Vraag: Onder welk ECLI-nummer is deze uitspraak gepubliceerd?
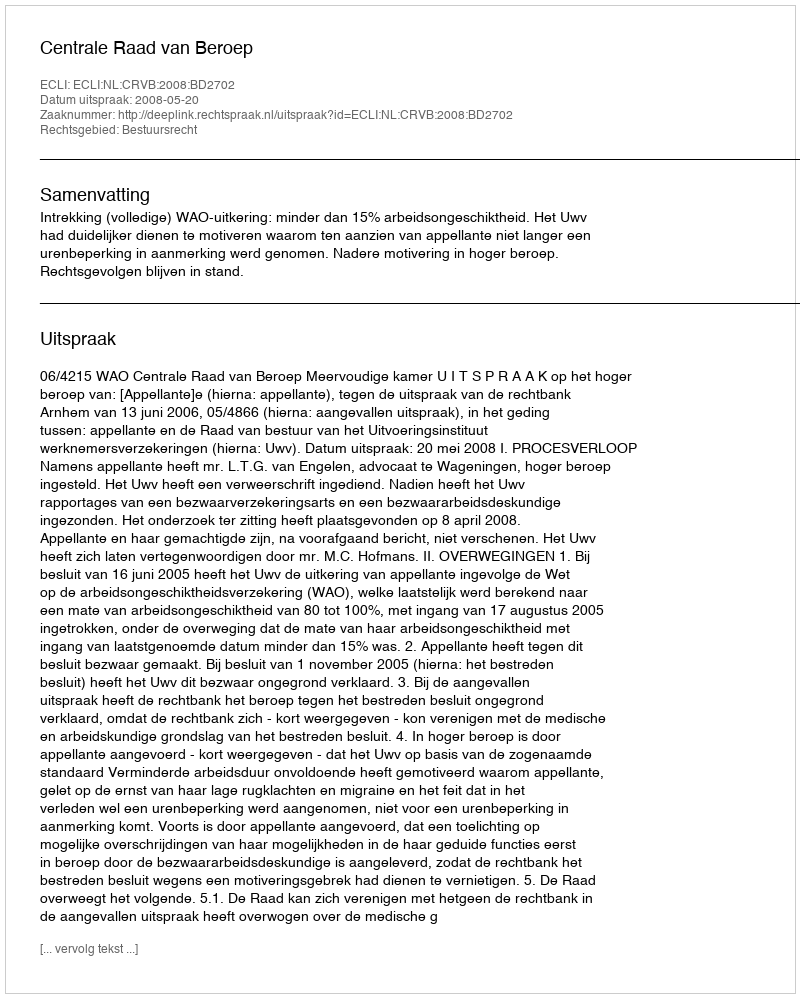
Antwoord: ECLI:NL:CRVB:2008:BD2702